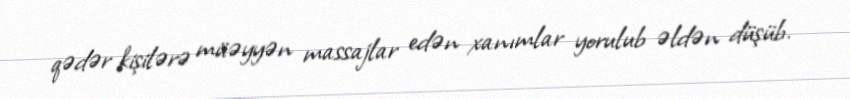
qədər kişilərə müəyyən massajlar edən xanımlar yorulub əldən düşüb.